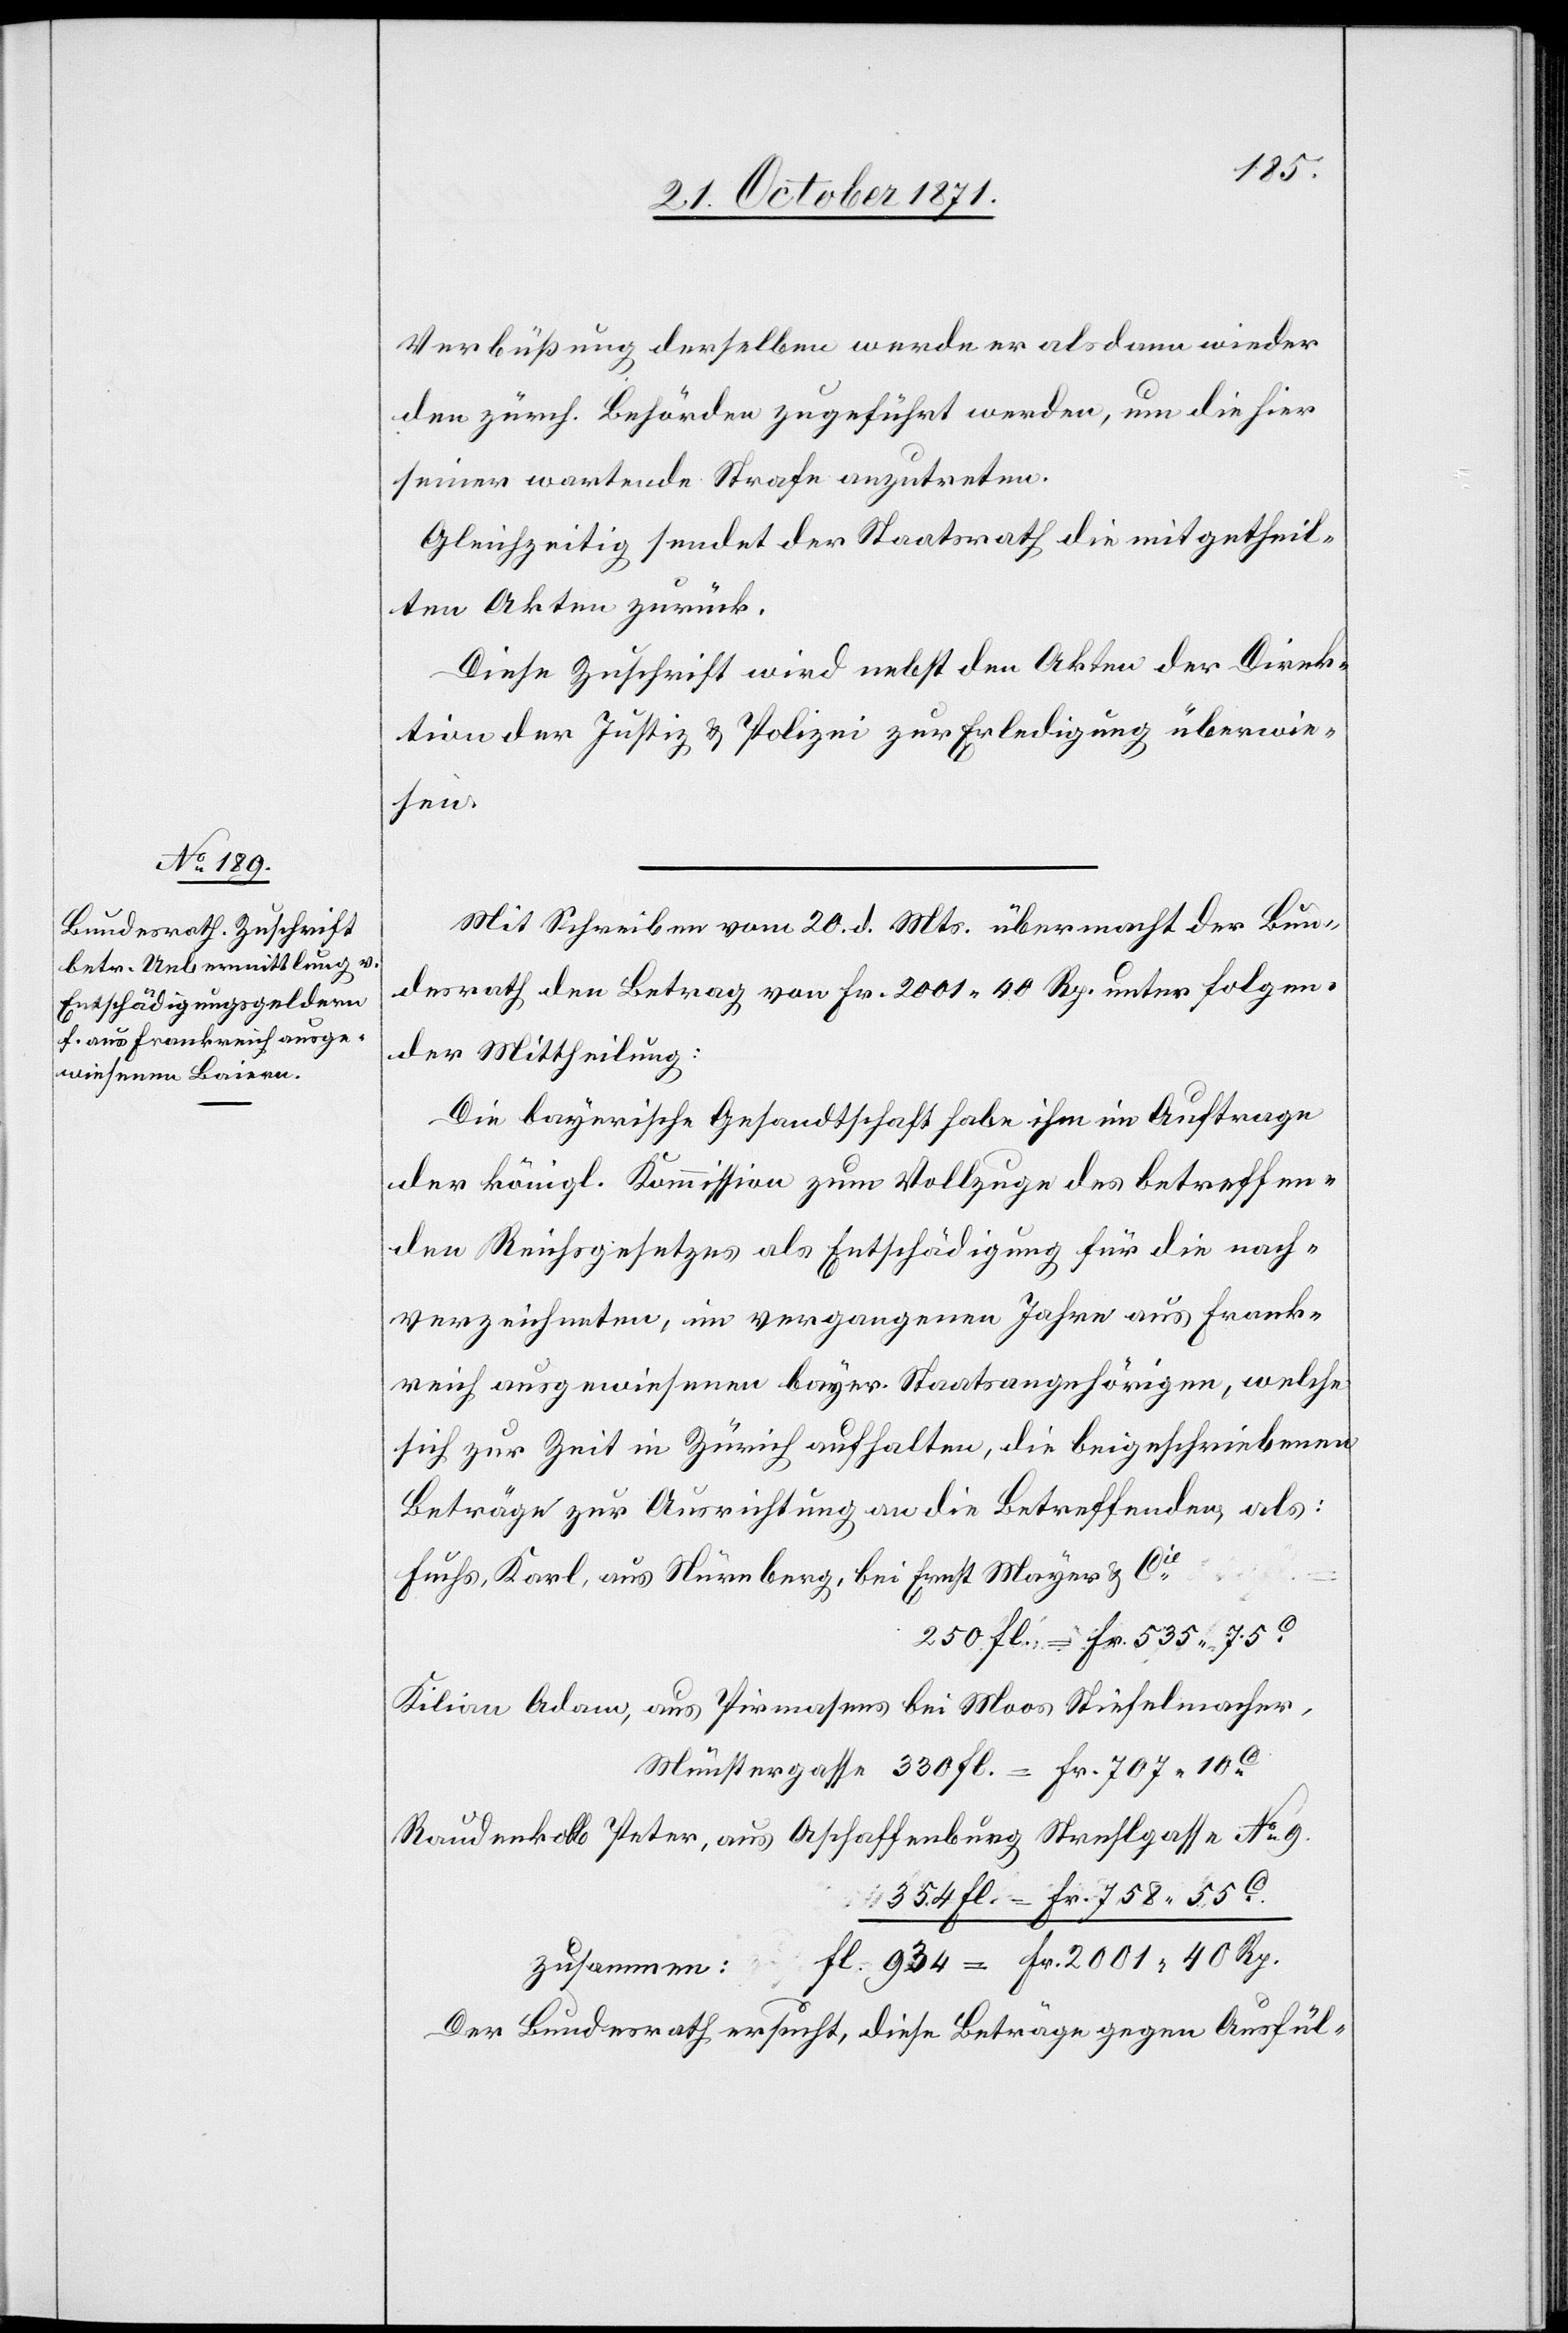
25. October 1871.]
Verbüssung derselben werde er alsdann wieder
den zürch. Behörden zugeführt werden, um die hier
seiner wartende Strafe anzutreten.
Gleichzeitig sendet der Staatsrath die mitgetheil¬
ten Akten zurück.
Diese Zuschrift wird nebst den Akten der Direk¬
tion der Justiz & Polizei zur Erledigung überwie¬
sen.
Mit Schreiben vom 20. d. Mts. übermacht der Bun¬
desrath den Betrag von Fr. 2001. 40 Rp. unter folgen¬
der Mittheilung.
Die Bayerische Gesandtschaft habe ihm im Auftrage
der königl. Kommission zum Vollzuge des betreffen¬
den Reichsgesetzes als Entschädigung für die nach¬
verzeichneten, im vergangenen Jahre aus Frank¬
reich ausgewiesenen bayer. Staatsangehörigen, welche
sich zur Zeit in Zürich aufhalten, die beigeschriebenen
Beträge zur Ausrichtung an die Betreffenden als:
Fuchs, Karl, aus Nürnberg, bei Ernst Mayer & Cie
250 Fl. = Fr. 535. 75C
Kilian Adam, aus Pirmasens bei Moss Stiefelmacher,
Raudenkolb Peter, aus Aschaffenburg Strehlgasse No 9.
354 Fl. = Fr. 758. 55C
zusammen: Fl 934 = Fr. 2001. 40 Rp.
Der Bundesrath ersucht, diese Beträge gegen Ausfül-